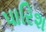
પારિશ